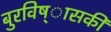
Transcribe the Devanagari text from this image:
बुरविष्ासकी